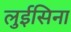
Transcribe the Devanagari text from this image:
लुईसिना